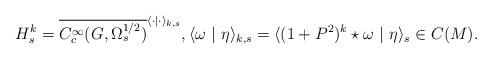
LaTeX: \begin{align*}H^{k}_{s} = \overline{C^{\infty}_{c}(G,\Omega^{1/2}_{s})}^{\langle \cdot | \cdot \rangle_{k,s}}, \langle \omega \ | \ \eta \rangle_{k,s} = \langle (1 + P^{2})^{k} \star \omega \ | \ \eta\rangle_{s} \in C(M).\end{align*}